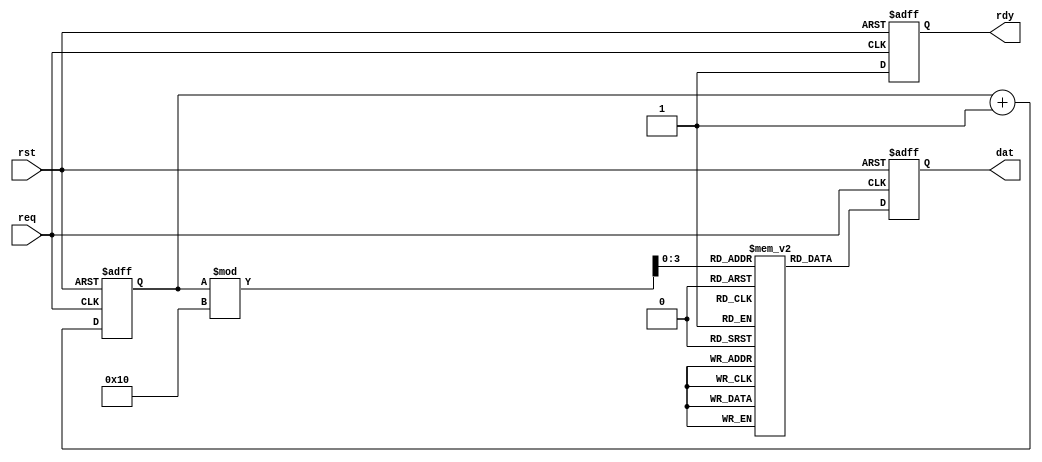
// TSC simulation module

// set simulation time:
`timescale 1ns / 1ps

module ADC (
    input wire req,      // Request signal from TSC
    input wire rst,      // Reset signal for ADC
    output reg rdy,      // Ready signal to indicate completion
    output reg [7:0] dat // Data output from the array
);

// Constant array of values (16 data values)
  // reg [7:0]
  // integer adc_data [15:0] = {
  reg [0:7] adc_data [0:15];
    
  initial
    begin 
      // hard-coded ADC values stored in adc_data
      // it seams iVerilog doesn't want to initialize an array
      adc_data[ 0] = 8'h8B;
      adc_data[ 1] = 8'h8C;
      adc_data[ 2] = 8'h99;
      adc_data[ 3] = 8'h9B;
      adc_data[ 4] = 8'h93;
      adc_data[ 5] = 8'h82;
      adc_data[ 6] = 8'h97;
      adc_data[ 7] = 8'h90;
      adc_data[ 8] = 8'h9F;
      adc_data[ 9] = 8'hD7;
      adc_data[10] = 8'h8D;
      adc_data[11] = 8'h9C;
      adc_data[12] = 8'h85;
      adc_data[13] = 8'h8A;
      adc_data[14] = 8'h91;
      adc_data[15] = 8'h8C;
    end
  
  
  reg [7:0] idx = 0; // Index to access the array
  

always @(posedge req or posedge rst) begin
    if (rst) begin
        // Reset the device
        rdy <= 0;
        dat <= 8'b00000000; // Reset data output
        idx <= 0; // Reset array index
    end else if (req) begin
        // Read data from the sample array using modular arithmetic
        dat <= adc_data[idx % 16]; // Wrap around if idx exceeds 15
        idx <= idx + 1;

        // Raise RDY line
        rdy <= 1;
    end else begin
        // Lower RDY line if not processing
        rdy <= 0;
    end
end

endmodule